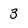
Character: 3